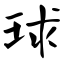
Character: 球